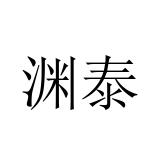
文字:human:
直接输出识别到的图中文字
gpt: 渊泰